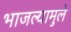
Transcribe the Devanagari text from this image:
भाजल्यामुले